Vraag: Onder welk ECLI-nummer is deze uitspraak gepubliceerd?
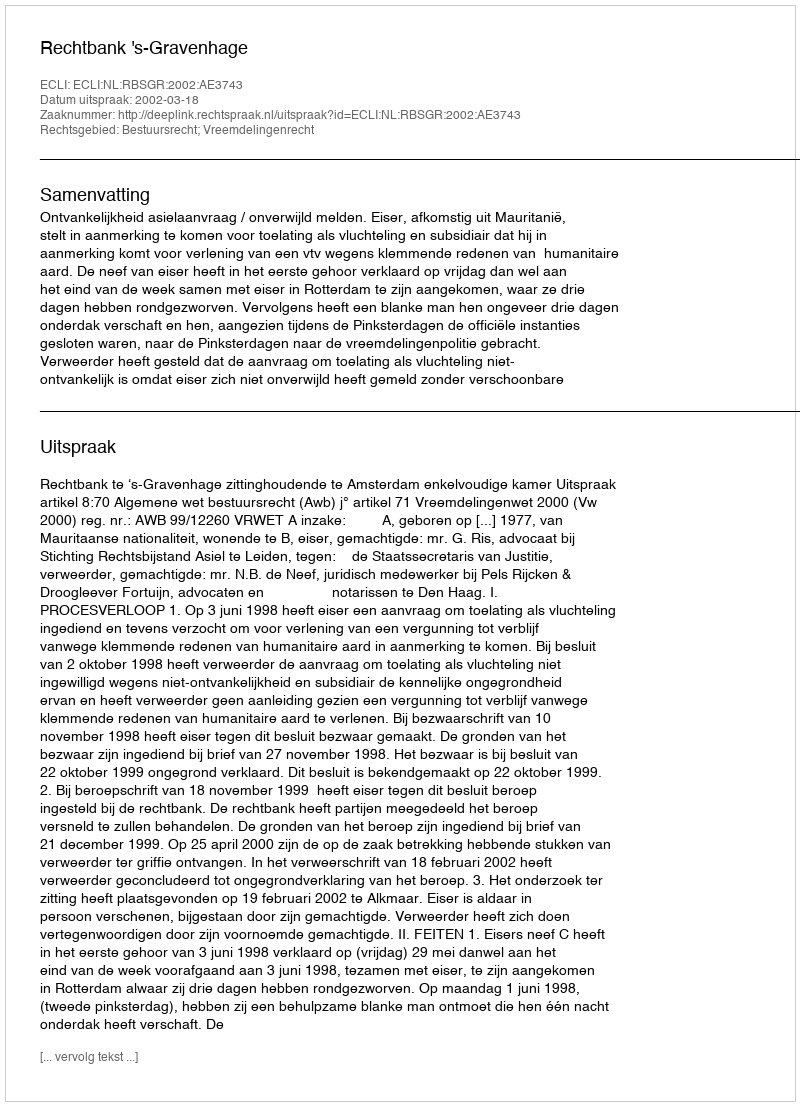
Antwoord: ECLI:NL:RBSGR:2002:AE3743